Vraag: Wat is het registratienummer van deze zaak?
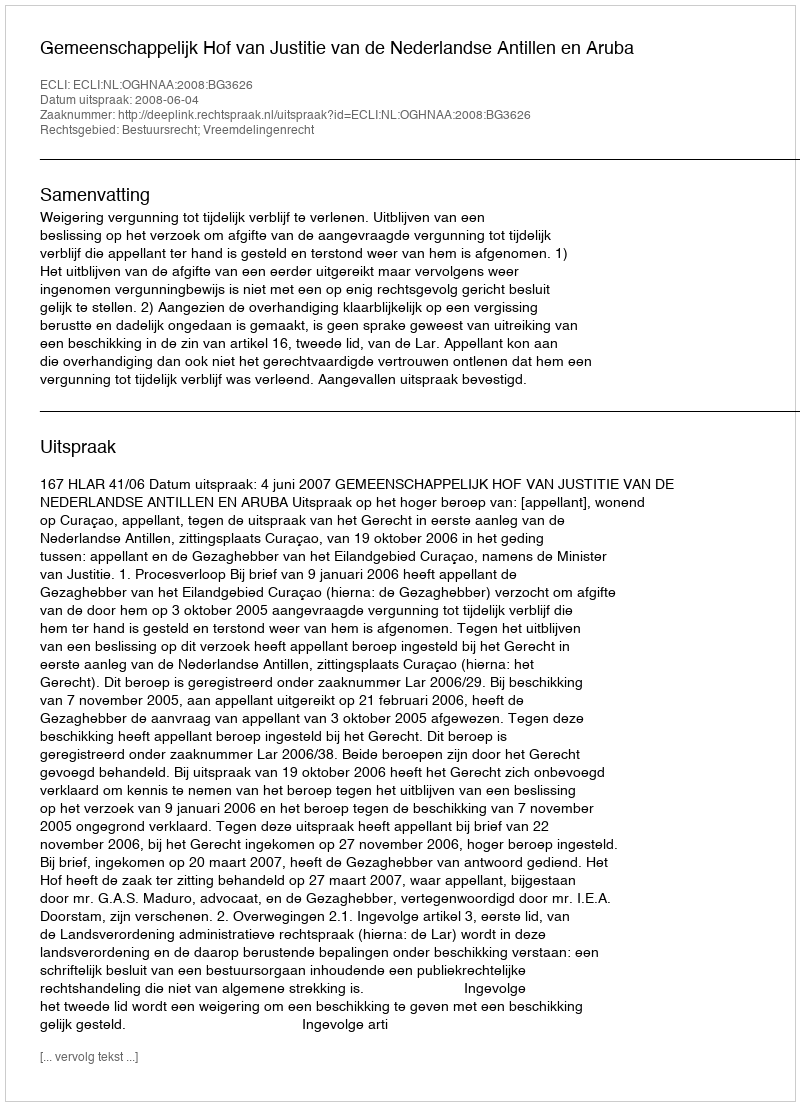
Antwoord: http://deeplink.rechtspraak.nl/uitspraak?id=ECLI:NL:OGHNAA:2008:BG3626